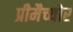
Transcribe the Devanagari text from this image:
प्रीमैच्योर